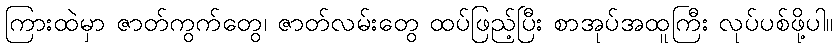
ကြားထဲမှာ ဇာတ်ကွက်တွေ၊ ဇာတ်လမ်းတွေ ထပ်ဖြည့်ပြီး စာအုပ်အထူကြီး လုပ်ပစ်ဖို့ပါ။